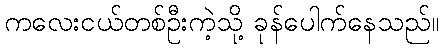
ကလေးငယ်တစ်ဦးကဲ့သို့ ခုန်ပေါက်နေသည်။